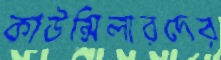
কাউন্সিলারদের